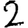
Digit: 2